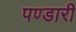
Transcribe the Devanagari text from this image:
पण्डारी